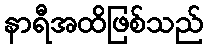
နာရီအထိဖြစ်သည်